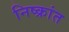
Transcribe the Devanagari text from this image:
निष्क्रांत